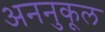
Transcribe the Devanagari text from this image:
अननुकूल